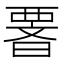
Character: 𭧆